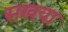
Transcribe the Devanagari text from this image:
सखया